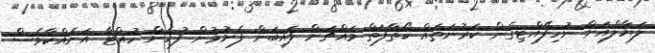
ލަޔާލްއަށް ނުހިފޭއްޓިގެން ކަރުނަތައް ކޯތާފަތް މައްޗަށް ފައިބަން ފެށުމުން ފުހެން ހުއްޓާ އަނެއްކާވެސް